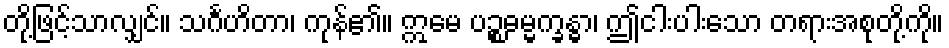
တို့ဖြင့်သာလျှင်။ သင်္ဂဟိတာ၊ ကုန်၏။ ဣမေ ပဉ္စဓမ္မက္ခန္ဓာ၊ ဤငါးပါးသော တရားအစုတို့ကို။